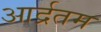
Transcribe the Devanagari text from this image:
आर्द्रतम